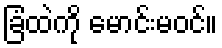
ခြံထဲကို မောင်းမဝင်။